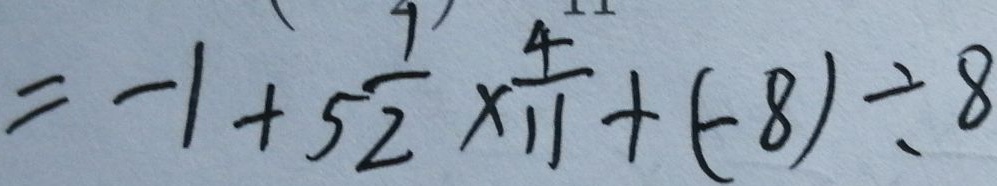
= - 1 + \frac { 1 } { 5 2 } \times \frac { 4 } { 1 1 } + ( - 8 ) \div 8